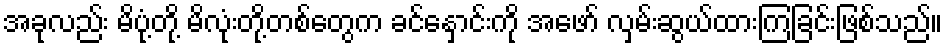
အခုလည်း မိပုံ့တို့ မိလုံးတို့တစ်တွေက ခင်နှောင်းကို အဖော် လှမ်းဆွယ်ထားကြခြင်းဖြစ်သည်။